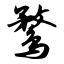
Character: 鹜